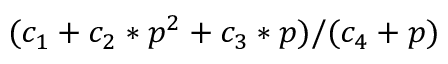
( c _ { 1 } + c _ { 2 } * p ^ { 2 } + c _ { 3 } * p ) / ( c _ { 4 } + p )